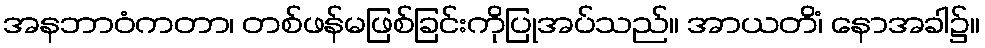
အနဘာဝံကတာ၊ တစ်ဖန်မဖြစ်ခြင်းကိုပြုအပ်သည်။ အာယတိံ၊ နောအခါ၌။